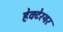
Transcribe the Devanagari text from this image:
हेक्टेरयर